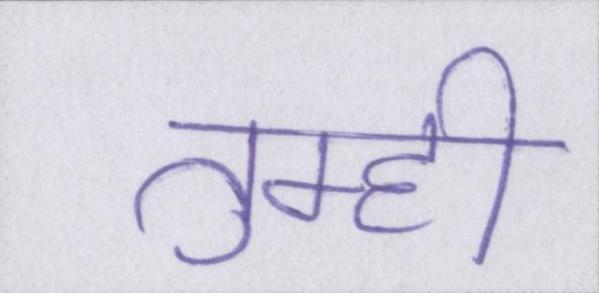
तुम्ही